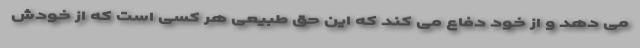
می دهد و از خود دفاع می کند که این حق طبیعی هر کسی است که از خودش